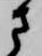
さ